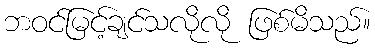
ဘဝင်မြင့်ချင်သလိုလို ဖြစ်မိသည်။